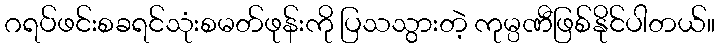
ဂရပ်ဖင်းစခရင်သုံးစမတ်ဖုန်းကို ပြသသွားတဲ့ ကုမ္ပဏီဖြစ်နိုင်ပါတယ်။